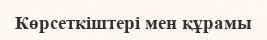
Көрсеткіштері мен құрамы